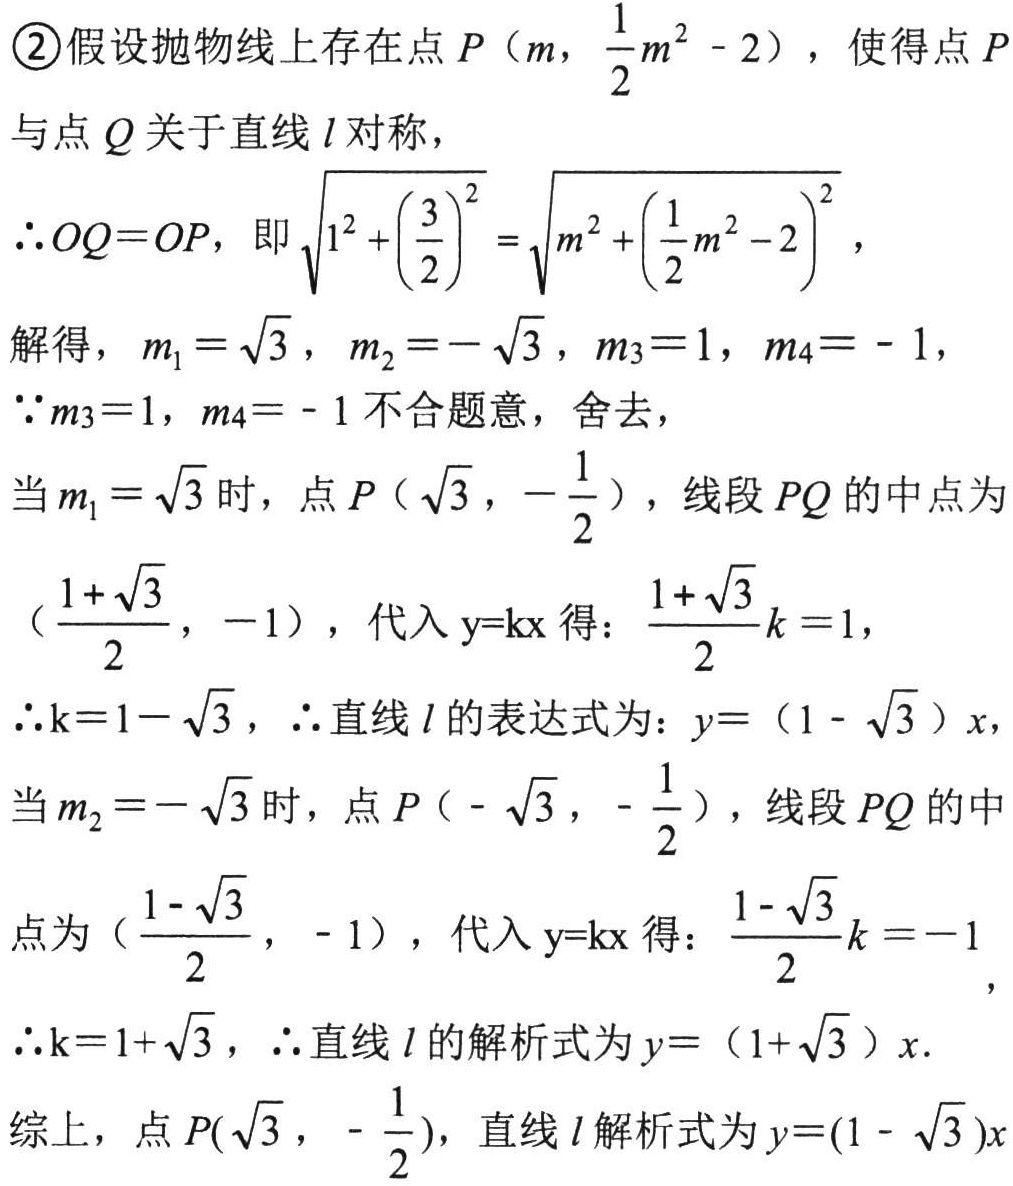
\textcircled{2}假设抛物线上存在点\(P\left(m,\frac{1}{2}m^{2}-2\right)\)，使得点\(P\)
与点\(Q\)关于直线\(l\)对称，
\(\therefore OQ = OP\)，即\(\sqrt{1^{2}+\left(\frac{3}{2}\right)^{2}}=\sqrt{m^{2}+\left(\frac{1}{2}m^{2}-2\right)^{2}}\)，
解得，\(m_{1}=\sqrt{3}\)，\(m_{2}=-\sqrt{3}\)，\(m_{3}=1\)，\(m_{4}=-1\)，
\(\because m_{3}=1\)，\(m_{4}=-1\)不合题意，舍去，
当\(m_{1}=\sqrt{3}\)时，点\(P\left(\sqrt{3},-\frac{1}{2}\right)\)，线段\(PQ\)的中点为
\(\left(\frac{1 + \sqrt{3}}{2},-1\right)\)，代入\(y = kx\)得：\(\frac{1+\sqrt{3}}{2}k = 1\)，
\(\therefore k = 1-\sqrt{3}\)，\(\therefore\)直线\(l\)的表达式为：\(y=(1 - \sqrt{3})x\)，
当\(m_{2}=-\sqrt{3}\)时，点\(P\left(-\sqrt{3},-\frac{1}{2}\right)\)，线段\(PQ\)的中
点为\(\left(\frac{1 - \sqrt{3}}{2},-1\right)\)，代入\(y = kx\)得：\(\frac{1 - \sqrt{3}}{2}k=-1\)，
\(\therefore k = 1+\sqrt{3}\)，\(\therefore\)直线\(l\)的解析式为\(y=(1+\sqrt{3})x\).
综上，点\(P(\sqrt{3},-\frac{1}{2})\)，直线\(l\)解析式为\(y=(1 - \sqrt{3})x\)